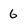
Character: 6